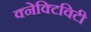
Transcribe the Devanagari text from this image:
क्नेक्टिविटी